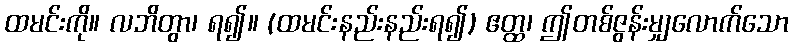
ထမင်းကို။ လဘိတွာ၊ ရ၍။ (ထမင်းနည်းနည်းရ၍) ဧတ္ထ၊ ဤတစ်ဇွန်းမျှလောက်သော